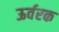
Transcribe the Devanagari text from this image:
ऊर्वरक